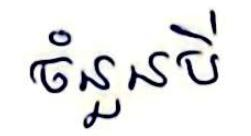
ចំនួនបី